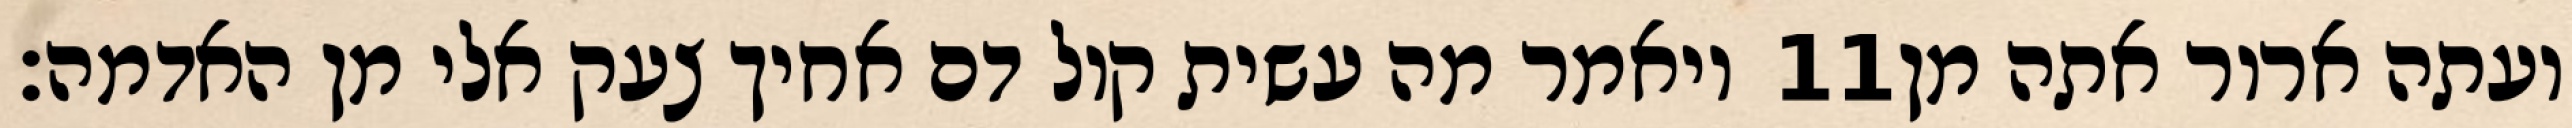
ויאמר מה עשית קול דם אחיך צעק אלי מן האדמה׃ ‎11‏ ועתה ארור אתה מן